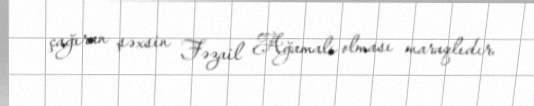
çağıran şəxsin Fəzail Ağamalı olması maraqlıdır.